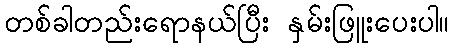
တစ်ခါတည်းရောနယ်ပြီး နှမ်းဖြူးပေးပါ။